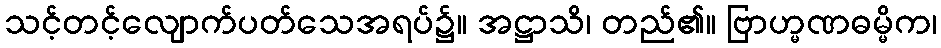
သင့်တင့်လျောက်ပတ်သေအရပ်၌။ အဋ္ဌာသိ၊ တည်၏။ ဗြာဟ္မဏဓမ္မိက၊